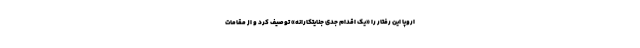
اروپا این رفتار را «یک اقدام جدی جنایتکارانه» توصیف کرد و از مقامات